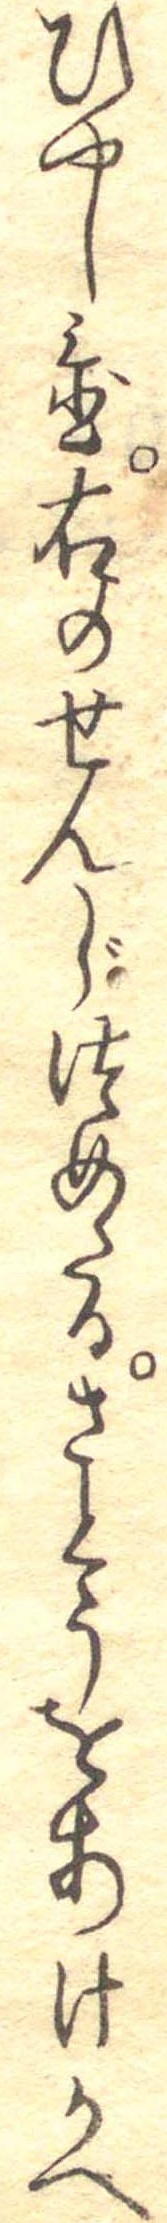
ひやし置右のせんじつめたるさとうをあけかへ